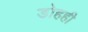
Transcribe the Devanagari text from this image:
डोहही